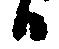
日